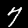
Label: 7